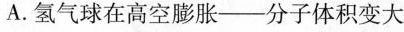
A.氢气球在高空膨胀——分子体积变大